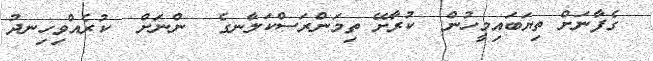
ގެފާނަށް ތިޔަބައިމީހުން  ކުރާށޭ ތިމަންރަސްކަލާނގެ  ންނަށް  ކުރެއްވިހިނދު